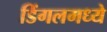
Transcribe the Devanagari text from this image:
डिंगलमध्ये